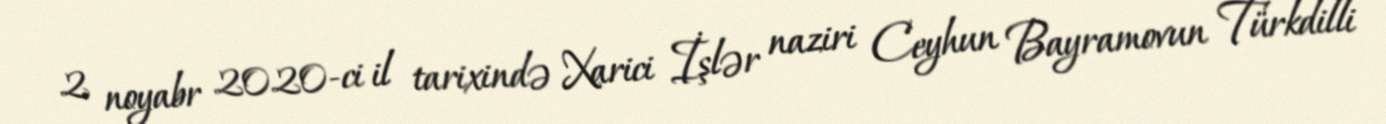
2 noyabr 2020-ci il tarixində Xarici İşlər naziri Ceyhun Bayramovun Türkdilli